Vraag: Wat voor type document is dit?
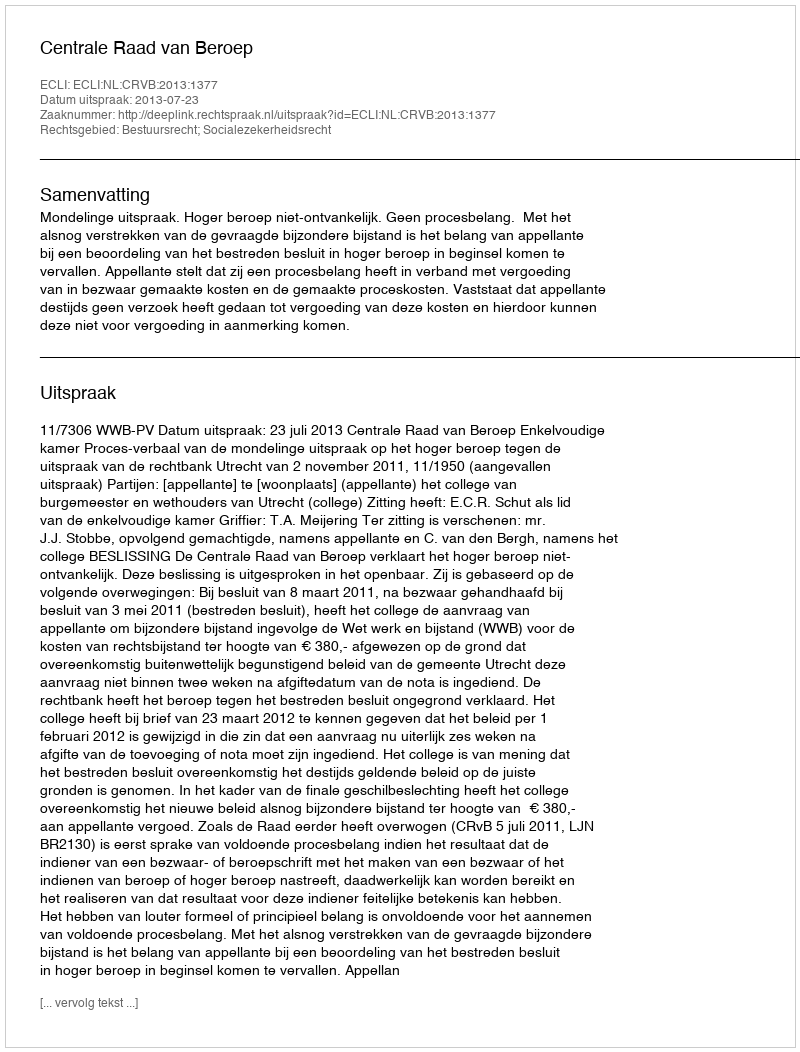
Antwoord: Uitspraak